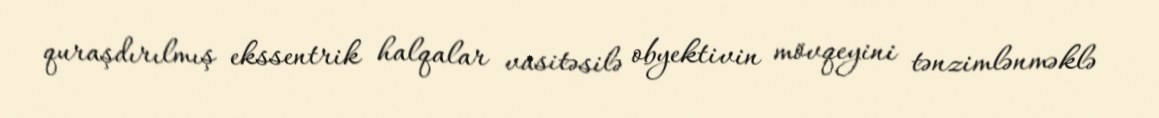
quraşdırılmış ekssentrik halqalar vasitəsilə obyektivin mövqeyini tənzimlənməklə